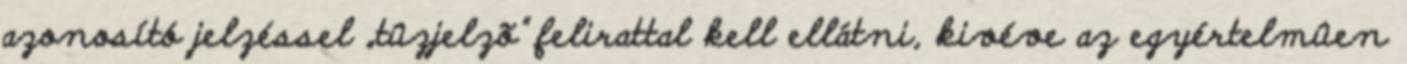
azonosító jelzéssel „tûzjelzõ” felirattal kell ellátni, kivéve az egyértelmûen